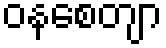
ဝနစေတျာ